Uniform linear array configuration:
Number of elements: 48
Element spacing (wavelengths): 0.5
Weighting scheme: exponential
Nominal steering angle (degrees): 0
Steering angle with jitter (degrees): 1.489
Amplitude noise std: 0.05
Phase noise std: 0.05

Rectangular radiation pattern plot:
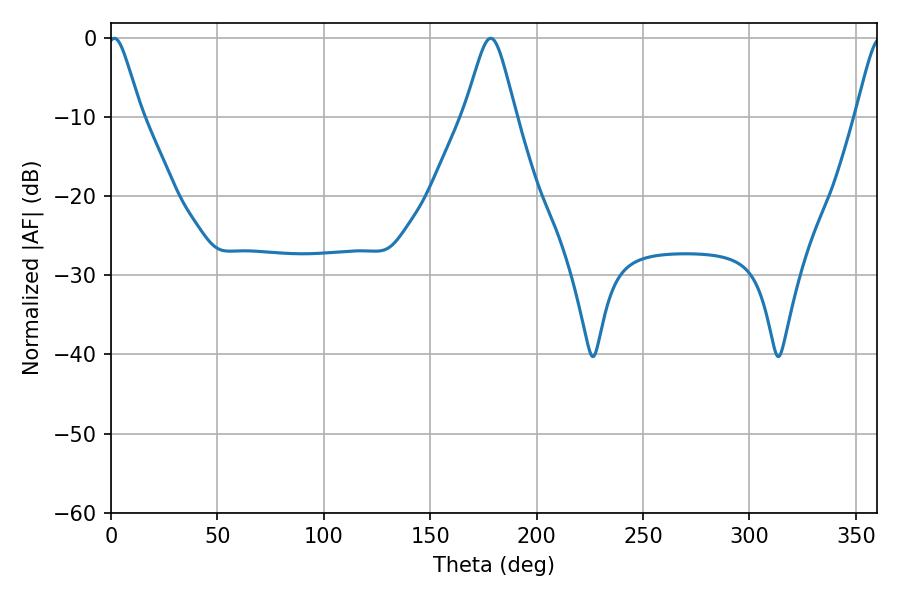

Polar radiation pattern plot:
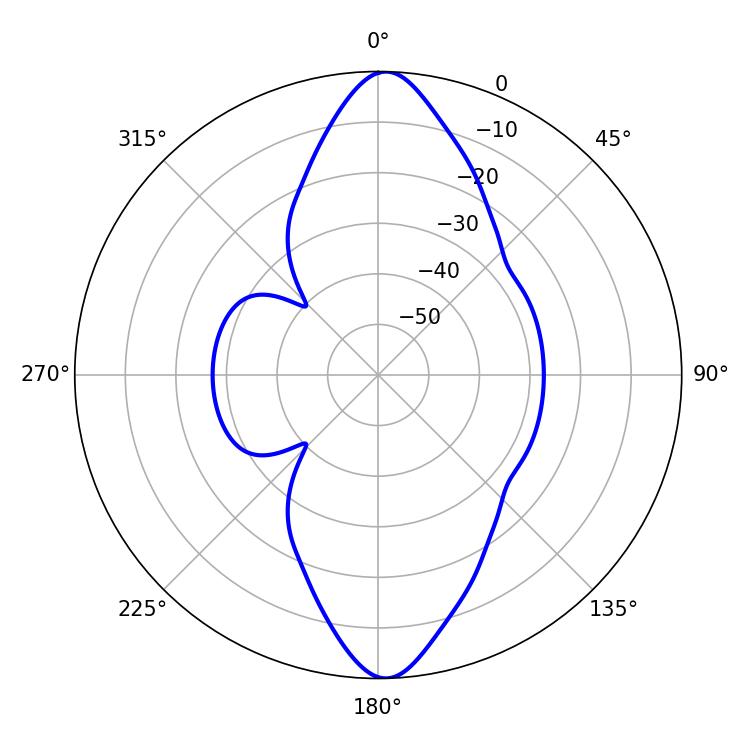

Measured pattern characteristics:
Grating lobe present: FALSE
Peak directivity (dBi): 19.692
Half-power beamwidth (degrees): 7.38
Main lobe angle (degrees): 1.62